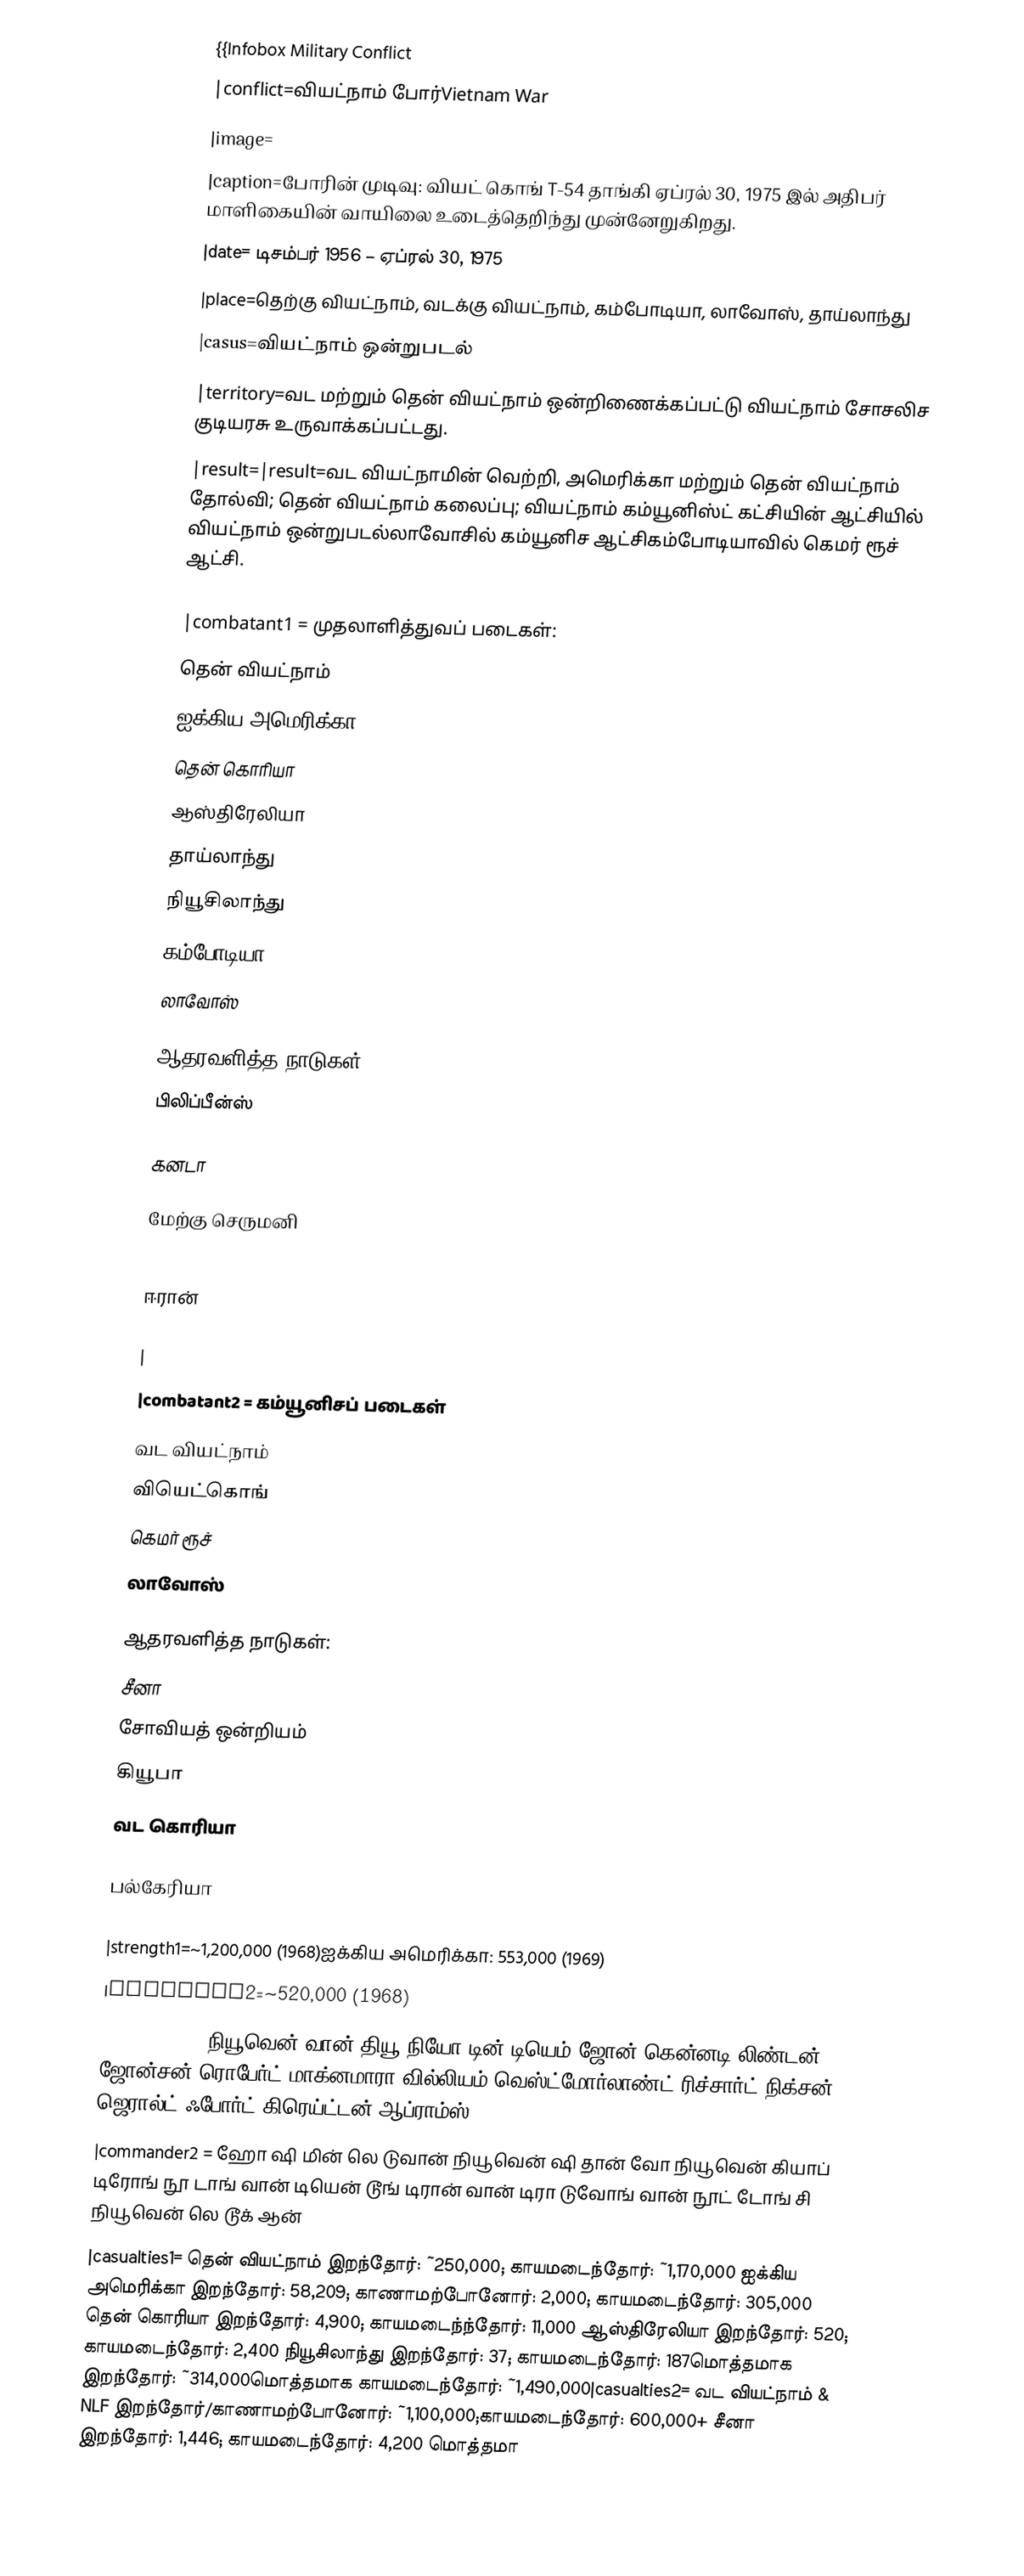
{{Infobox Military Conflict
|conflict=வியட்நாம் போர்Vietnam War
|image=
|caption=போரின் முடிவு: வியட் கொங் T-54 தாங்கி ஏப்ரல் 30, 1975 இல் அதிபர் மாளிகையின் வாயிலை உடைத்தெறிந்து முன்னேறுகிறது.
|date= டிசம்பர் 1956 – ஏப்ரல் 30, 1975
|place=தெற்கு வியட்நாம், வடக்கு வியட்நாம், கம்போடியா, லாவோஸ், தாய்லாந்து
|casus=வியட்நாம் ஒன்றுபடல்
|territory=வட மற்றும் தென் வியட்நாம் ஒன்றிணைக்கப்பட்டு வியட்நாம் சோசலிச குடியரசு உருவாக்கப்பட்டது.
|result=|result=வட வியட்நாமின் வெற்றி, அமெரிக்கா மற்றும் தென் வியட்நாம் தோல்வி; தென் வியட்நாம் கலைப்பு; வியட்நாம் கம்யூனிஸ்ட் கட்சியின் ஆட்சியில் வியட்நாம் ஒன்றுபடல்லாவோசில் கம்யூனிச ஆட்சிகம்போடியாவில் கெமர் ரூச் ஆட்சி.

|combatant1  = முதலாளித்துவப் படைகள்:
 தென் வியட்நாம்
 ஐக்கிய அமெரிக்கா
 தென் கொரியா
 ஆஸ்திரேலியா
 தாய்லாந்து
 நியூசிலாந்து
 கம்போடியா
 லாவோஸ்

ஆதரவளித்த நாடுகள்:
 பிலிப்பீன்ஸ்

 கனடா

 மேற்கு செருமனி

 ஈரான்

|
|combatant2  = கம்யூனிசப் படைகள்
 வட வியட்நாம்
 வியெட்கொங்
 கெமர் ரூச்
 லாவோஸ்

ஆதரவளித்த நாடுகள்:
 சீனா
 சோவியத் ஒன்றியம்
 கியூபா
 வட கொரியா

 பல்கேரியா

|strength1=~1,200,000 (1968)ஐக்கிய அமெரிக்கா: 553,000 (1969)
|strength2=~520,000 (1968)
|commander1 =  நியூவென் வான் தியூ  நியோ டின் டியெம்   ஜோன் கென்னடி  லிண்டன் ஜோன்சன்   ரொபேர்ட் மாக்னமாரா வில்லியம் வெஸ்ட்மோர்லாண்ட் ரிச்சார்ட் நிக்சன் ஜெரால்ட் ஃபோர்ட் கிரெய்ட்டன் ஆப்ராம்ஸ்
|commander2 =  ஹோ ஷி மின்    லெ டுவான்   நியூவென் ஷி தான்   வோ நியூவென் கியாப்   டிரோங் நூ டாங் வான் டியென் டூங்   டிரான் வான் டிரா   டுவோங் வான் நூட் டோங் சி நியூவென் லெ டூக் ஆன்
|casualties1= தென் வியட்நாம் இறந்தோர்: ~250,000; காயமடைந்தோர்: ~1,170,000 ஐக்கிய அமெரிக்கா இறந்தோர்: 58,209; காணாமற்போனோர்: 2,000; காயமடைந்தோர்: 305,000  தென் கொரியா இறந்தோர்: 4,900; காயமடைந்ந்தோர்: 11,000 ஆஸ்திரேலியா இறந்தோர்: 520; காயமடைந்தோர்: 2,400 நியூசிலாந்து இறந்தோர்: 37; காயமடைந்தோர்: 187மொத்தமாக இறந்தோர்: ~314,000மொத்தமாக காயமடைந்தோர்: ~1,490,000|casualties2=  வட வியட்நாம் & NLF இறந்தோர்/காணாமற்போனோர்: ~1,100,000;காயமடைந்தோர்: 600,000+  சீனா இறந்தோர்: 1,446; காயமடைந்தோர்: 4,200 மொத்தமா